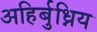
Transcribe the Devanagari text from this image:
अहिर्बुध्निय